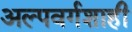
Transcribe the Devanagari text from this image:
अल्पवर्गशाही